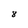
Character: 8